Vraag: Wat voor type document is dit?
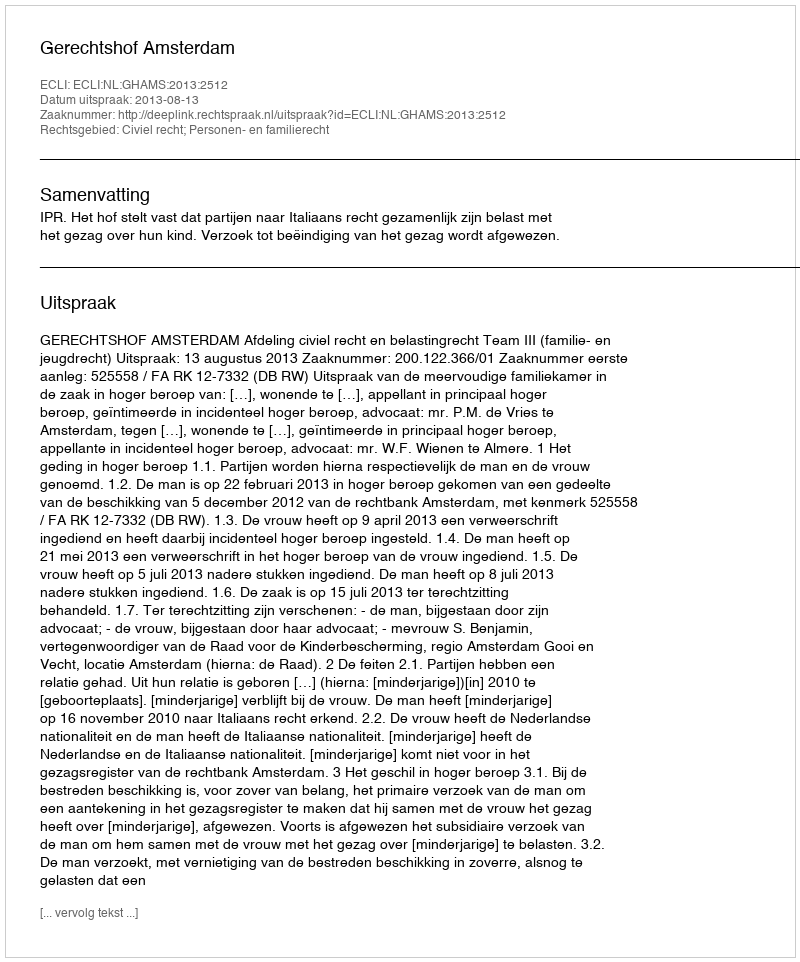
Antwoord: Uitspraak